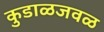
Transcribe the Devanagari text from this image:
कुडाळजवळ